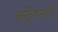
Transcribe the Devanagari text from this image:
स्ट्रेप्टो